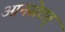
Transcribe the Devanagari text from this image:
आनसेटत्